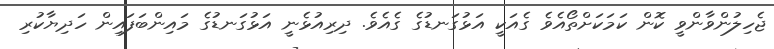
ޖެހިލުންވާންވީ ކޮން ކަމަކަށްތޯއެވެ ގެއަކީ އަޅުގަނޑުގެ ގެއެވެ. ދިރިއުޅެނީ އަޅުގަނޑުގެ މައިންބަފައިން ހަދިޔާކުރި